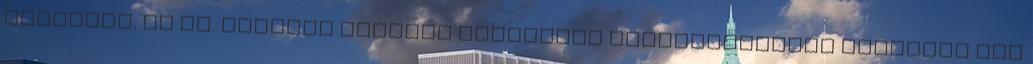
kezelnek. Az ún. dublini eljárás keretében megállapításra kerülhet más